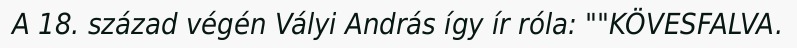
A 18. század végén Vályi András így ír róla: ""KÖVESFALVA.